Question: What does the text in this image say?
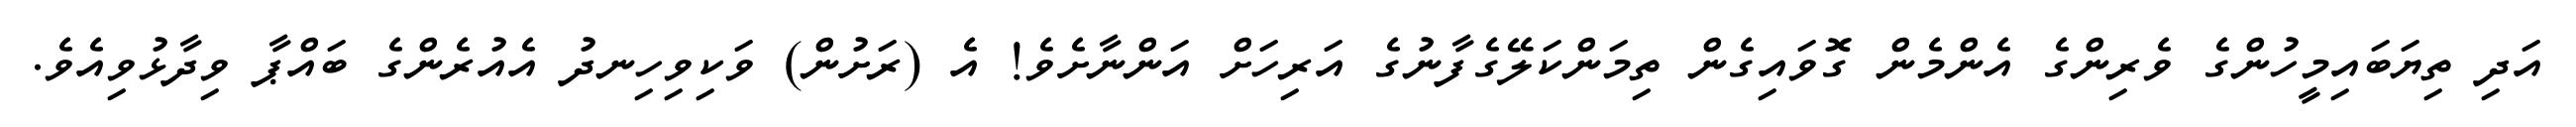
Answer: އަދި ތިޔަބައިމީހުންގެ ވެރިންގެ އެންމެން ގޮވައިގެން ތިމަންކަލޭގެފާނުގެ އަރިހަށް އަންނާށެވެ! އެ (ރަށުން) ވަކިވިހިނދު އެއުރެންގެ ބައްޕާ ވިދާޅުވިއެވެ.